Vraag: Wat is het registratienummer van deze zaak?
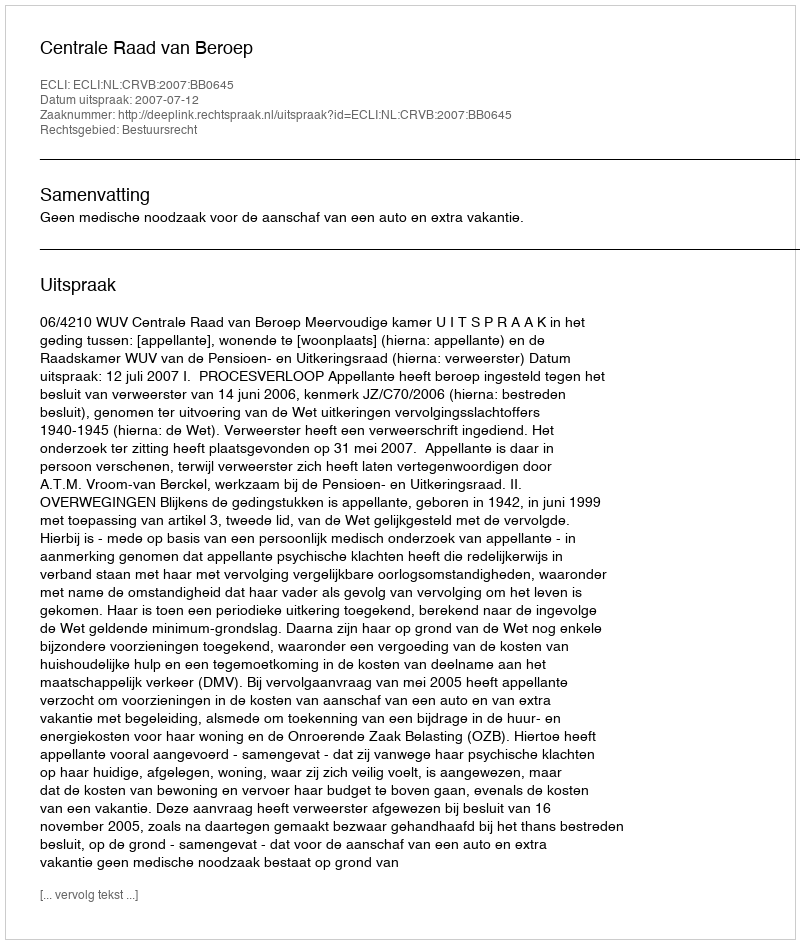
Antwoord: http://deeplink.rechtspraak.nl/uitspraak?id=ECLI:NL:CRVB:2007:BB0645